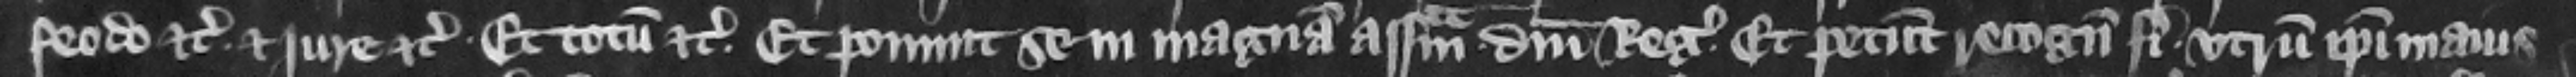
feodo etc. et jure etc. et totum etc. Et ponunt se in magnam assisam domini regis et petunt recognicionem fieri vtrum ipsi maius